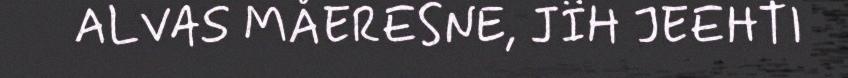
ALVAS MÅERESNE, JÏH JEEHTI